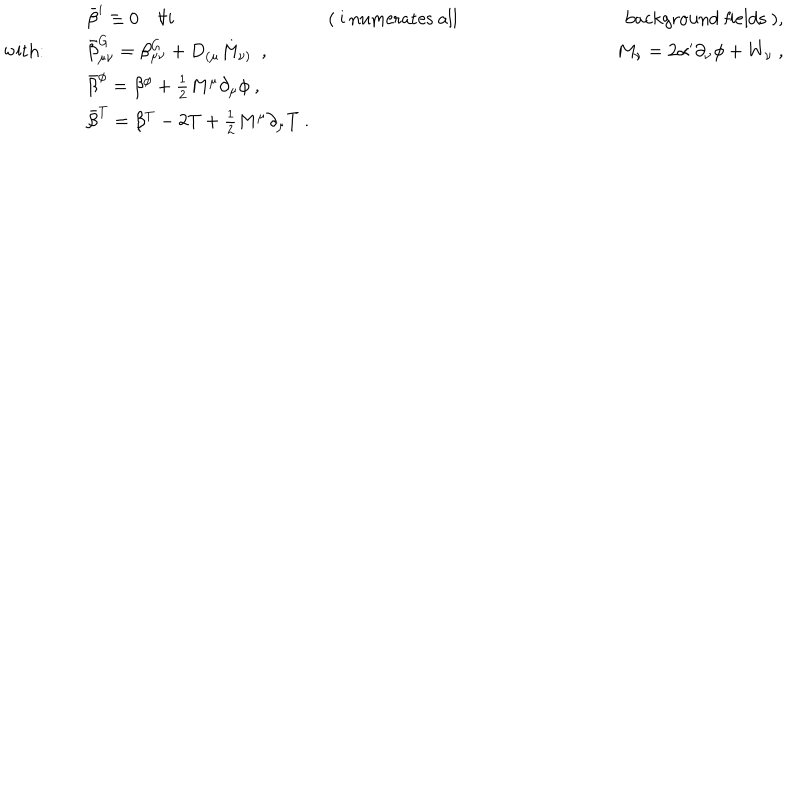
\begin{array} { l l r } { { } } & { { \bar { \beta } ^ { i } \equiv 0 \forall i \ \ } } & { { \mathrm { ( ~ i ~ n u m e r a t e s ~ a l l ~ b a c k g r o u n d ~ f i e l d s ~ ) } , } } \\ { { \mathrm { w i t h } : } } & { { \bar { \beta } _ { \mu \nu } ^ { G } = \beta _ { \mu \nu } ^ { G } + D _ { ( \mu } M _ { \nu ) } \ \ , \ \ } } & { { M _ { \nu } = 2 \alpha ^ { \prime } \partial _ { \nu } \phi + W _ { \nu } \ , } } \\ { { } } & { { \bar { \beta } ^ { \phi } = \beta ^ { \phi } + \frac { 1 } { 2 } M ^ { \mu } \partial _ { \mu } \phi \ , } } & { { } } \\ { { } } & { { \bar { \beta } ^ { T } = \beta ^ { T } - 2 T + \frac { 1 } { 2 } M ^ { \mu } \partial _ { \mu } T \ . } } & { { } } \\ \end{array}